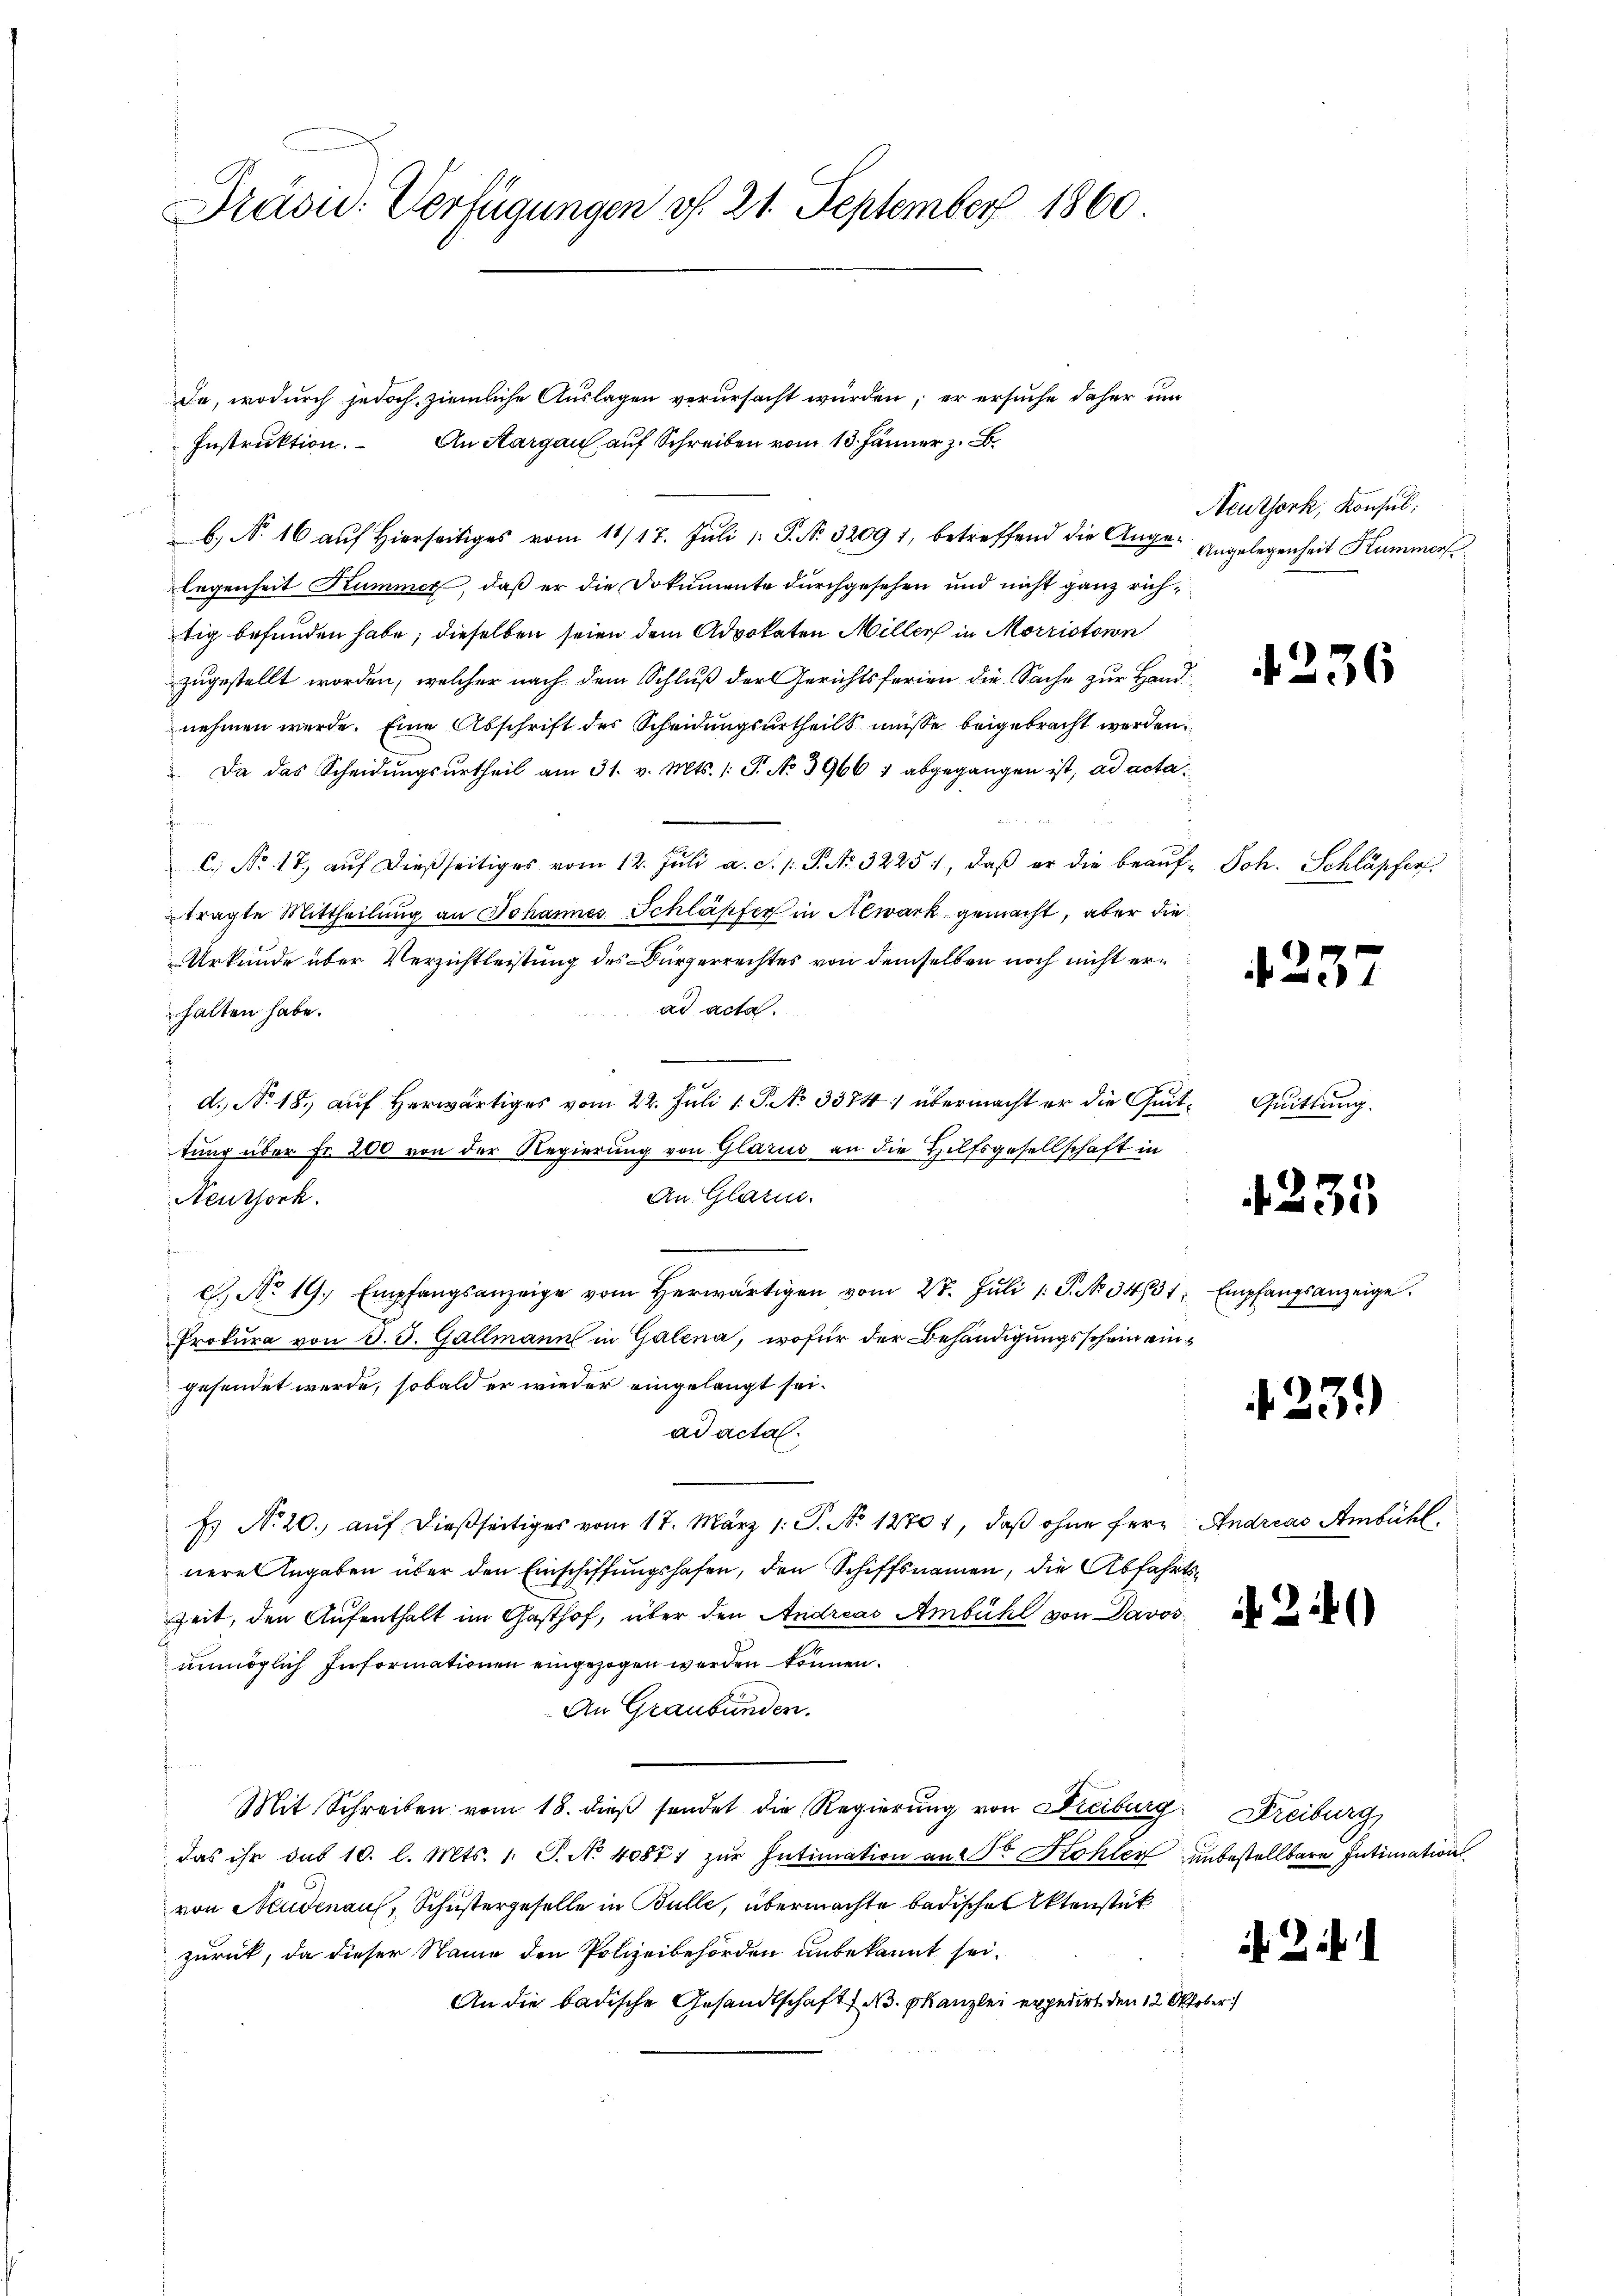
Präsid. Verfügungen v. 21. September 1860

da, wodurch jedoch ziemliche Auslagen verursacht würden; er ersuche daher um
Instruktion. An Sargau auf Schreiben vom 13. Jänner z. B.
b. N. 16 auf Hierseitiges vom 11/17. Juli 1. P. Nr. 32091, betreffend die Auge
legenheit Kummer, daß er die Dokumente durchgesehen und nicht ganz richtig befunden habe; dieselben seien dem Advokaten Miller in Morristorn
zugestellt worden, welcher nach dem Schluß der Gerichtsferien die Sache zur Handnehmen werde. Eine Abschrift des Scheidungsurtheils müsse beigebracht werden.
Da das Scheidŭngsŭrtheil am 31. v. Mts. 1. P. No 3966 1 abgegangen ist, ad acta
f
C. No. 17. aŭf dießseitiges vom 12. Jŭli a. d. 1. P. Nr. 3225, daβ er die beaŭf- Joh. Schläpfer
tragte Mittheilung an Johannes Schläpfer in Aewark gemacht, aber die
Urkunde über Verzichtleistung des Bürgerrechtes von demselben noch nicht erad acta.
halten habe.
d. No 18. auf Herwärtiges vom 22. Juli 1. P. No 3384: übermacht er die Geittung über Fr. 200 von der Regierung von Glarus an die Hilfsgesellschaft in
An. Glarus.
Neuthock.
c. No 19. Empfangsanzeige vom herwärtigen vom 27. Jŭli 1: P. No. 3431; Empfangsanzeige
Prokura von T. S. Gallmann in Galena, wofür der Behändigungsschein eingesendet werde, sobald er wieder eingelangt sei.
ad acta.
Es No 20. aŭf dießseitiges vom 17. März 1. P. No 1270), daß ohne fernere Angaben über den Einschiffungshafen, den Schiffsnamen, die Abfahrt
Zeit, den Aufenthalt im Gasthof, über den Andreas Ambühl von Davos
unmöglich Informationen eingezogen werden können.
An Graubünden.

Mit Schreiben vom 18. dieß sendet die Regierung von Freiburg
das ihr sub 10. l. Mts. 1. P. No 40871 zur Intimation an 2 Dr Kohler unbestellbare Intimation
von Neudenaus, Schustergeselle in Bulle, übermachte badischen Aktenstück
zurück, da dieser Name den Polizeibehörden unbekannt sei.
An die badische Gesandtschaft d. Kanzlei expedirt den 12. Okt.

Neuthork, Konsul
Angelegenheit Kummer

.

ber

4236

4237

Quittung.

4235

423.)

Andreas Ambühl.

241)

Freiburg,

i 2